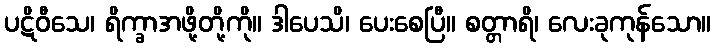
ပဋိဝီသေ၊ ရိက္ခာအဖို့တို့ကို။ ဒါပေသိ၊ ပေးစေပြီ။ စတ္တာရိ၊ လေးခုကုန်သော။